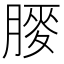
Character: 𫆯